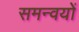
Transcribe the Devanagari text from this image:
समन्वयों